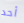
أحد